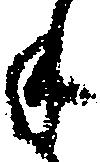
年